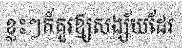
ខ្លះៗក៏គួរឱ្យសង្ស័យដែរ